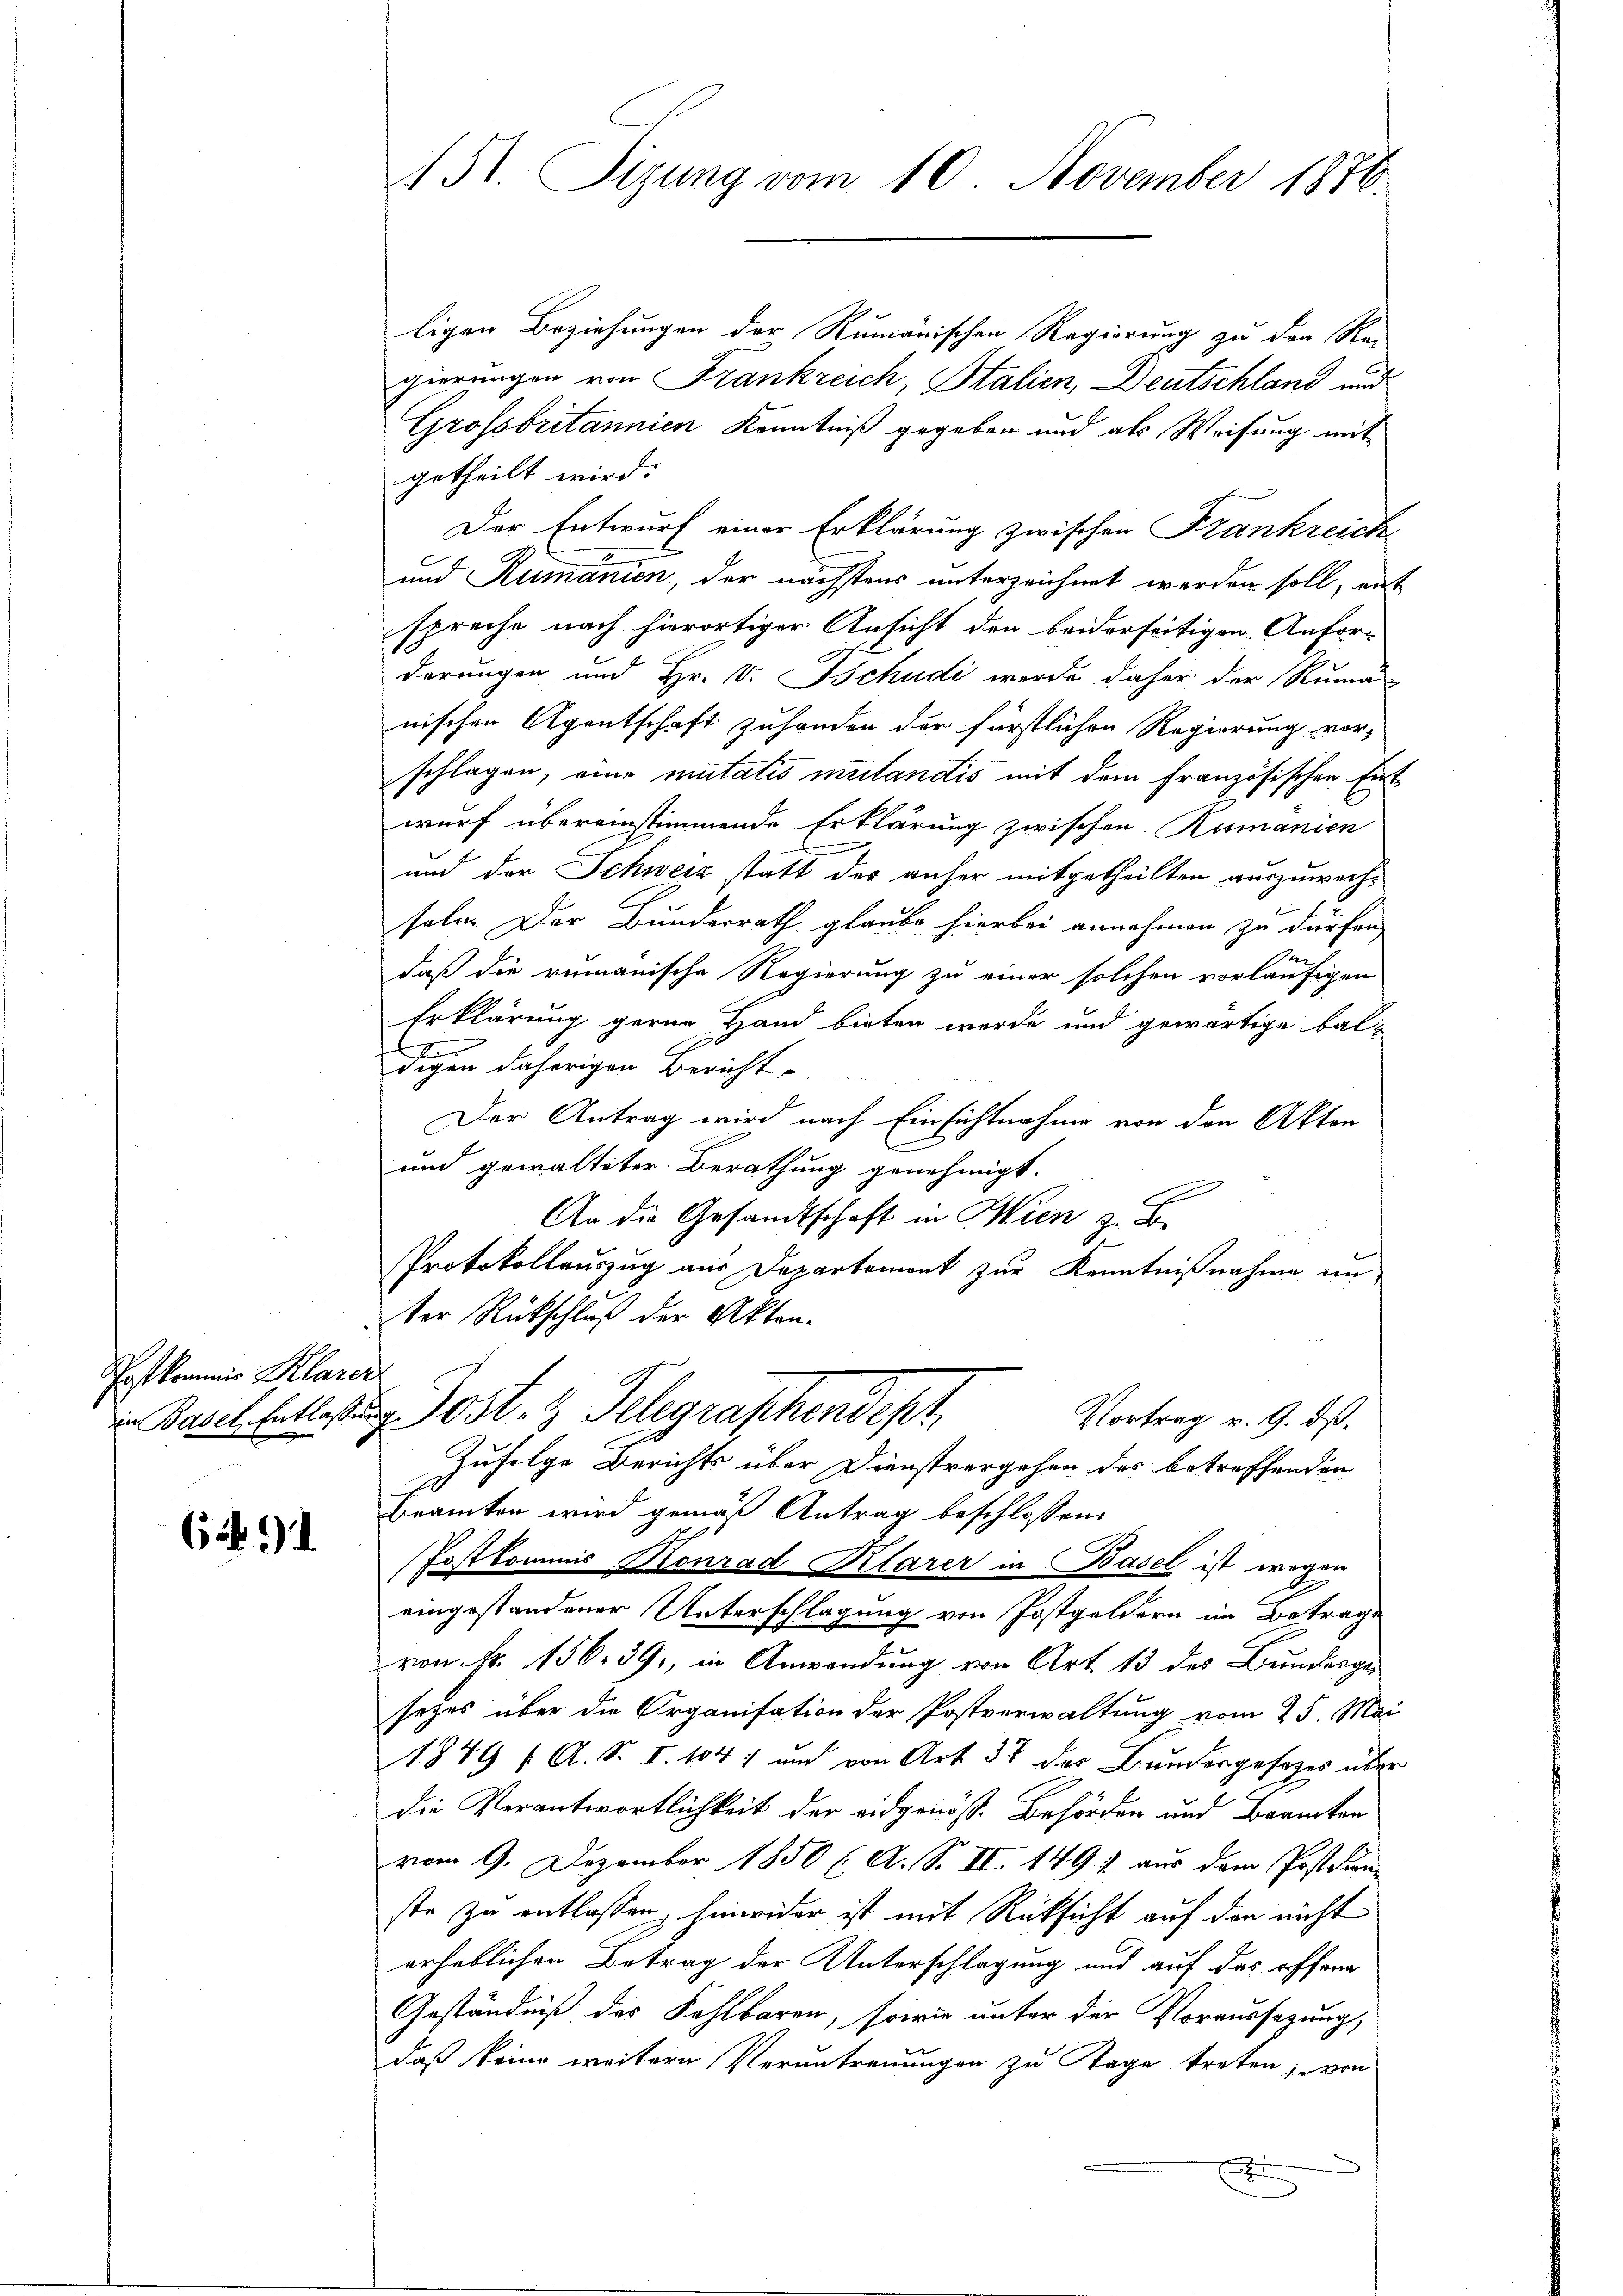
Pofkommnis Klarer
in Basel, Entlassen

691

St. Sizung vom 10. November 1870

ligen Beziehungen der Rumanischen Regierung zu den Re-
gierungen von Frankreich, Stalien, Deutschland und
Grossbritannien Kenntniß gegeben und als Weisung mit
getheilt wird:
Der Entwurf einer Erklärung zwischen Frankreich¬
und Rumanien, der nächstens unterzeichnet worden soll, mit
spreche nach hierortiger Ansicht den beiderseitigen Anfor-
derungen und Hr. v. Tschudi werde daher der Ruma-
nischen Agentschaft zuhanden der fürstlichen Regierung vor-
schlagen, eine mutatis mutandis mit dem Französischen Entwurf übereinstimmende Erklärung zwischen Rumanien
und der Schweiz statt des anher mitgetheilten auszuwachseln. Der Bundesrath glaube hierbei annehmen zu dürfen,
ar
daß die rumänische Regierung zu einer solchen vorläufigen
Erklärung gerne Hand bieten werde und gewärtige bal-
x
digen daherigen Bericht
Der Antrag wird nach Einsichtnahme von den Akten
n
und gewalteter Berathung genehmigt.
An die Gesandtschaft in Wien z. B.
Protokollauszug aus Departement zur Kenntnißnahme un
ter Rückschluß der Akteni
ost- & Pelegraphendept
Vortrag u. 9. dß.
Zufolge Berichts über Dienstvergehen des betreffenden
Beamten wird gemäß Antrag beschlossen:
Postkommis Konrad Klarer in Basel ist wegen
eingestandener Unterschlagung von Postgeldern im Betrage
von Nr. 156. 391, in Anwendung von Art 13 des Bundergesezes über die Organisation der Postverwaltung vom 25. Mai
1849 ( A. S. I. 1047 und von Art. 37 des Bundergesetzes über
die Verantwortlichkeit der eidgenöss. Behörden und Brancken
vom 9. Dezember 1850 l. A. S. II. 149. 4 aus dem Postdirn
ste zu entlassen, hinwider ist mit Rücksicht auf den nicht
erheblichen Betrag der Unterschlagung und auf das offend
Geständniß des Kahlbaren, sowie unter der Vorversezung,
daß keine weiteren Veruntrennungen zu Tage treten, von
E